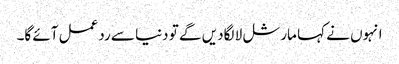
انہوں نے کہا مارشل لا لگادیں گے تو دنیا سے ردعمل آئے گا۔